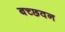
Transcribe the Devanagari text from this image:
बच्छवन